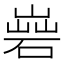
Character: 𡻦